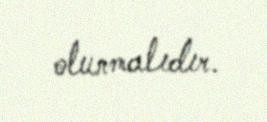
olunmalıdır.